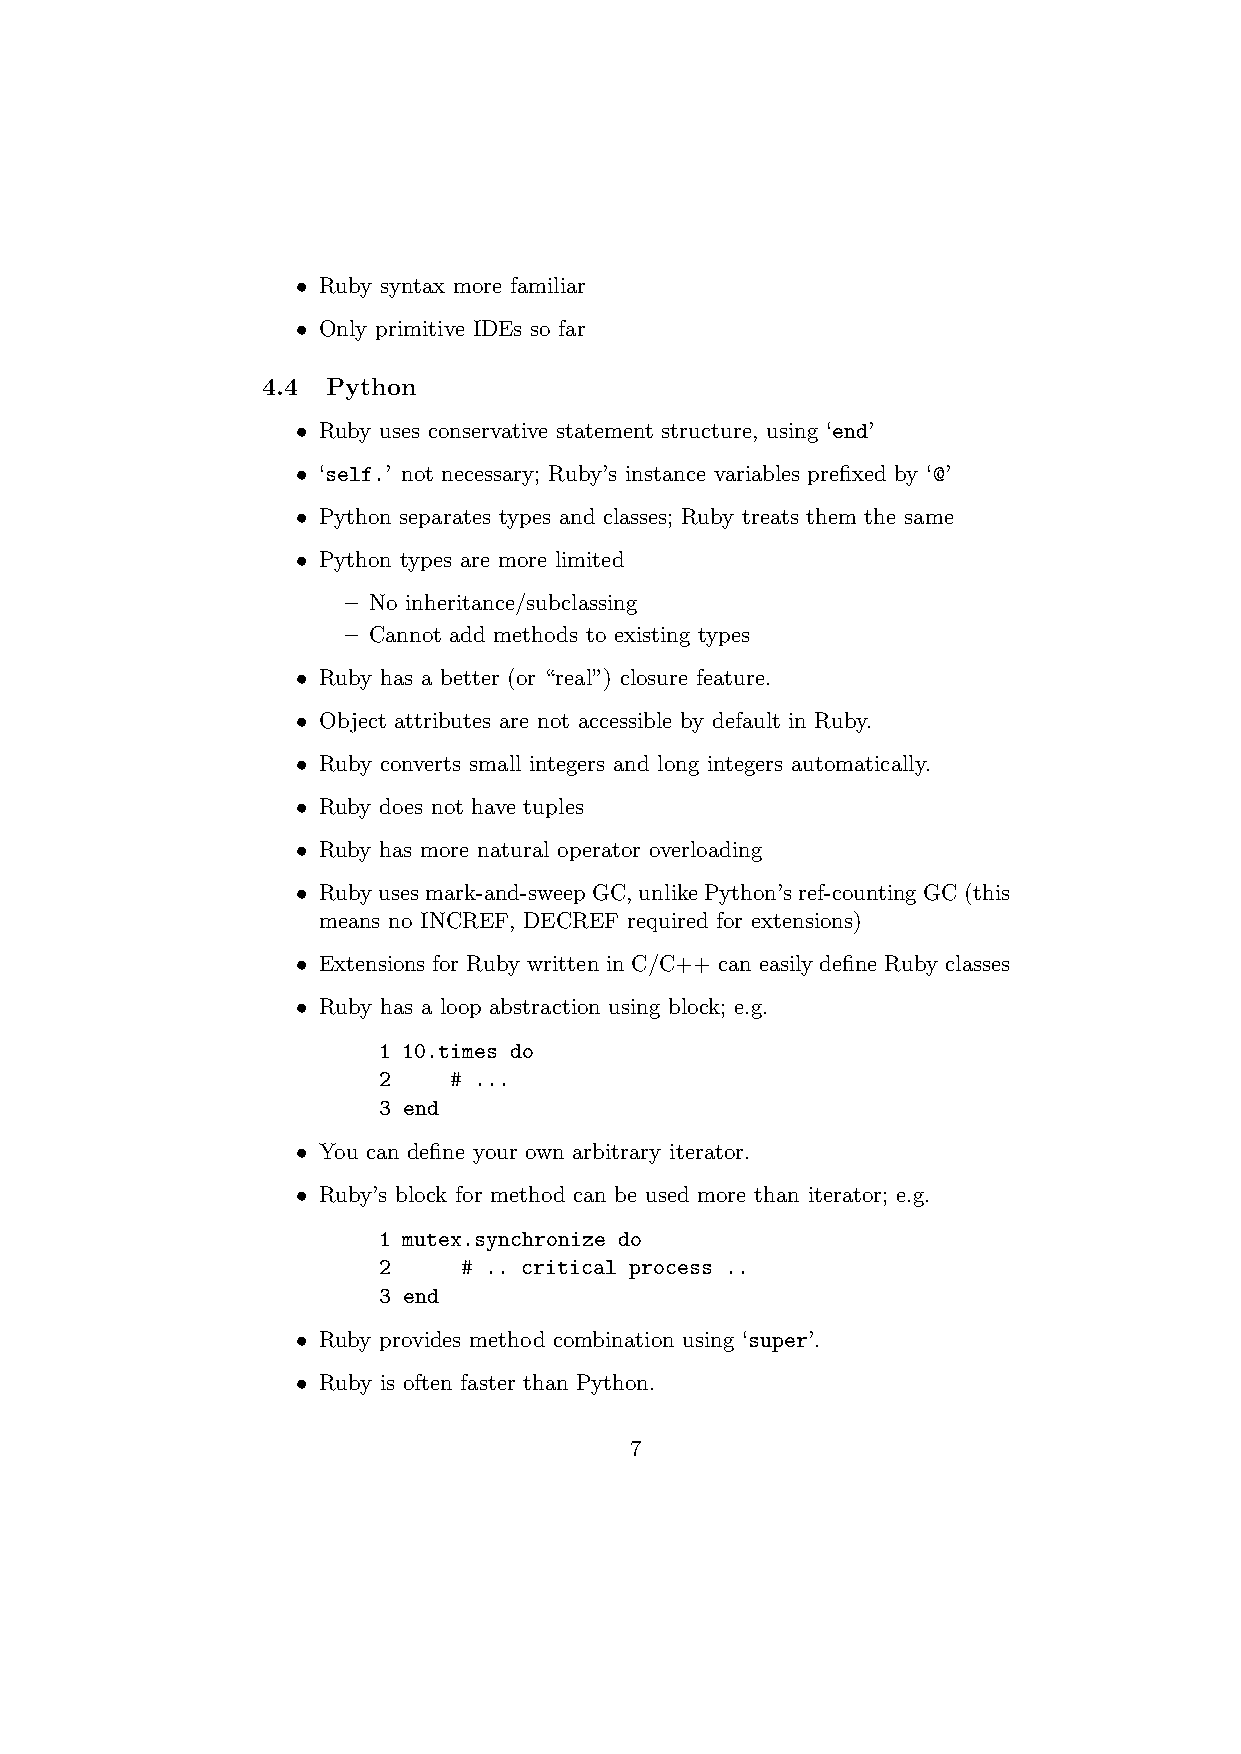
• Ruby syntax more familiar
 • Only primitive IDEs so far
 4.4  Python
 • Ruby uses conservative statement structure, using ‘end’
 • ‘self.’ not necessary; Ruby’s instance variables prefixed by ‘@’
 • Python separates types and classes; Ruby treats them the same
 • Python types are more limited
 – No inheritance/subclassing
 – Cannot add methods to existing types
 • Ruby has a better (or “real”) closure feature.
 • Object attributes are not accessible by default in Ruby.
 • Ruby converts small integers and long integers automatically.
 • Ruby does not have tuples
 • Ruby has more natural operator overloading
 • Rubyusesmark-and-sweepGC,unlikePython’sref-countingGC(this
 means no INCREF, DECREF required for extensions)
 • Extensions for Ruby written in C/C++ can easily define Ruby classes
 • Ruby has a loop abstraction using block; e.g.
 1 10.times do
 2    # ...
 3 end
 • You can define your own arbitrary iterator.
 • Ruby’s block for method can be used more than iterator; e.g.
 1 mutex.synchronize do
 2     # .. critical process ..
 3 end
 • Ruby provides method combination using ‘super’.
 • Ruby is often faster than Python.
 7